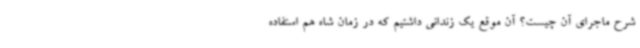
شرح ماجرای آن چیست؟ آن موقع یک زندانی داشتیم که در زمان شاه هم استفاده